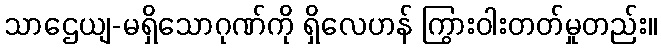
သာဌေယျ-မရှိသောဂုဏ်ကို ရှိလေဟန် ကြွားဝါးတတ်မှုတည်း။